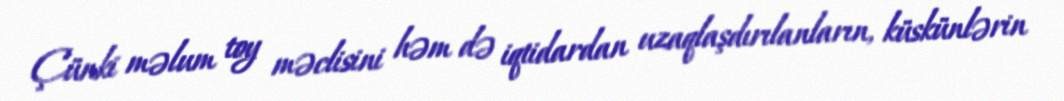
Çünki məlum toy məclisini həm də iqtidardan uzaqlaşdırılanların, küskünlərin